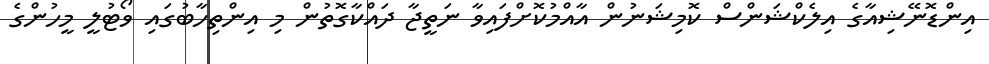
އިންޑޮނޭޝިއާގެ އިލެކްޝަންސް ކޮމިޝަނުން އާއްމުކޮށްފައިވާ ނަތީޖާ ދައްކާގޮތުން މި އިންތިހާބުގައި ވޯޓުލީ މީހުންގެ